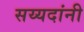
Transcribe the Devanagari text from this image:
सय्यदांनी